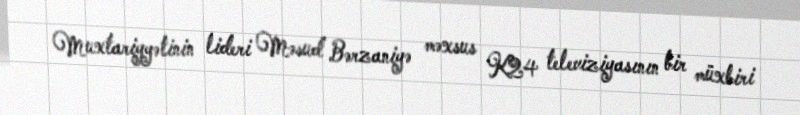
Muxtariyyətinin lideri Məsud Bərzaniyə məxsus K24 televiziyasının bir müxbiri